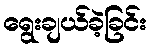
ရွေးချယ်ခဲ့ခြင်း